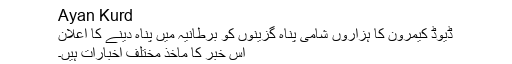
Ayan Kurd
ڈیوڈ کیمرون کا ہزاروں شامی پناہ گزینوں کو برطانیہ میں پناہ دینے کا اعلان
اس خبر کا ماخذ مختلف اخبارات ہیں۔